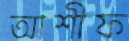
আশীফ